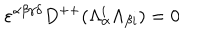
\varepsilon ^ { \alpha \beta \gamma \delta } D ^ { + + } ( \Lambda _ { \alpha } ^ { i } \Lambda _ { \beta { i } } ) = 0